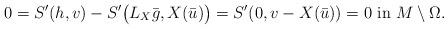
LaTeX: \begin{align*}0 = S'( h , v) - S'\big (L_X \bar g, X(\bar u)\big ) = S'(0, v - X(\bar u))=0 \mbox{ in } M\setminus \Omega.\end{align*}